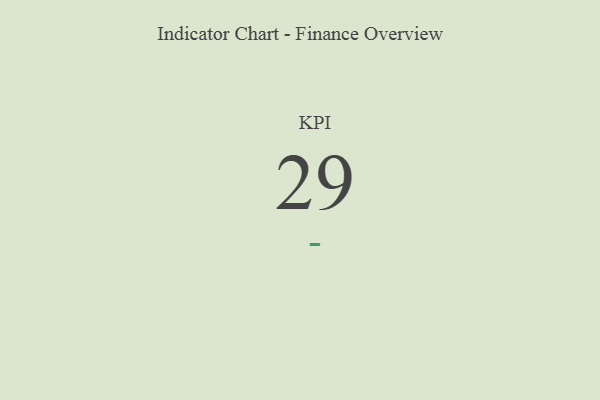
{"axis": {"x": "KPI", "y": "Value"}, "legend": [""], "data": [{"x": "KPI", "y": 29, "type": ""}]}